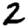
Digit: 2